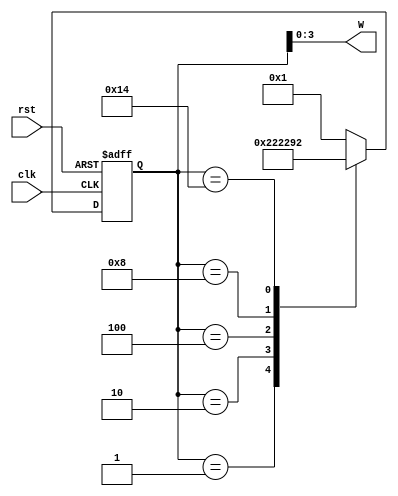
module moore(clk,rst,W);
    input clk, rst;
    output [3:0] W;
	reg [4:0] state_reg, state_next;

	parameter S0 = 5'b00001;
	parameter S1 = 5'b00010;
	parameter S2 = 5'b00100;
	parameter S3 = 5'b01000;
	parameter S4 = 5'b10100;
	parameter S5 = 5'b10010;
	always @(posedge clk, posedge rst)
	
	if (rst) state_reg <= S0;
	else
		state_reg <= state_next;
	
	always @(*)
	case (state_reg)
	S0: state_next =  S1;
	S1: state_next =  S2;
	S2: state_next = S3;
	S3: state_next = S4;
	S4: state_next = S5;
	S5: state_next = S0;
	default: state_next = S0;
	endcase
	assign W = state_reg[3:0];

endmodule